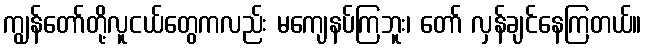
ကျွန်တော်တို့လူငယ်တွေကလည်း မကျေနပ်ကြဘူး၊ တော် လှန်ချင်နေကြတယ်။